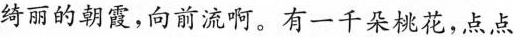
绮丽的朝霞，向前流啊。有一千朵桃花，点点